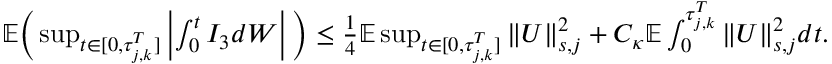
\begin{array} { r } { \mathbb E \Big ( \operatorname* { s u p } _ { t \in [ 0 , \tau _ { j , k } ^ { T } ] } \left| \int _ { 0 } ^ { t } I _ { 3 } d W \right| \Big ) \leq \frac 1 4 \mathbb E \operatorname* { s u p } _ { t \in [ 0 , \tau _ { j , k } ^ { T } ] } \| U \| _ { s , j } ^ { 2 } + C _ { \kappa } \mathbb E \int _ { 0 } ^ { \tau _ { j , k } ^ { T } } \| U \| _ { s , j } ^ { 2 } d t . } \end{array}